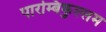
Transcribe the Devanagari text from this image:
पारम्बिकुल्लम